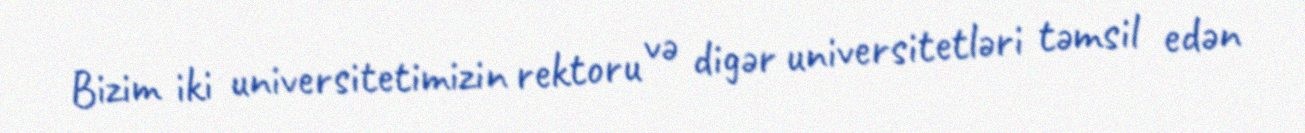
Bizim iki universitetimizin rektoru və digər universitetləri təmsil edən